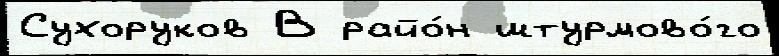
Сухоруков В райо́н штурмово́го